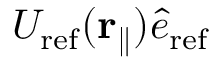
U _ { \mathrm { r e f } } ( { \bf r } _ { \parallel } ) \hat { e } _ { \mathrm { r e f } }